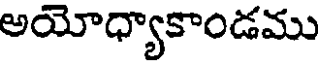
అయోధ్యాకాండము